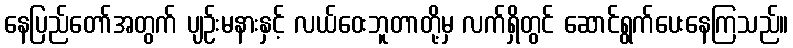
နေပြည်တော်အတွက် ပျဉ်းမနားနှင့် လယ်ဝေးဘူတာတို့မှ လက်ရှိတွင် ဆောင်ရွက်ပေးနေကြသည်။